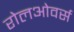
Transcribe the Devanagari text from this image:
रोलओवर्स